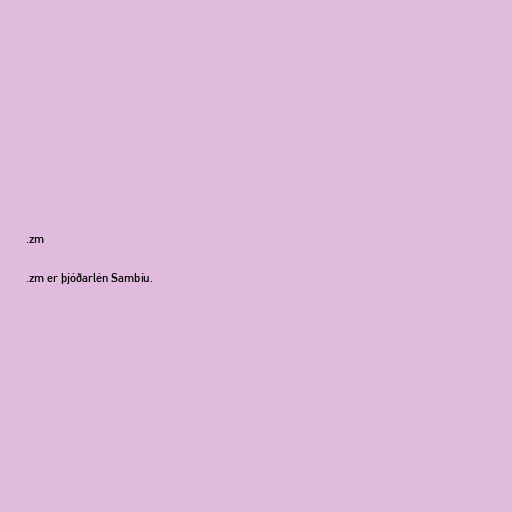
.zm

.zm er þjóðarlén Sambíu.